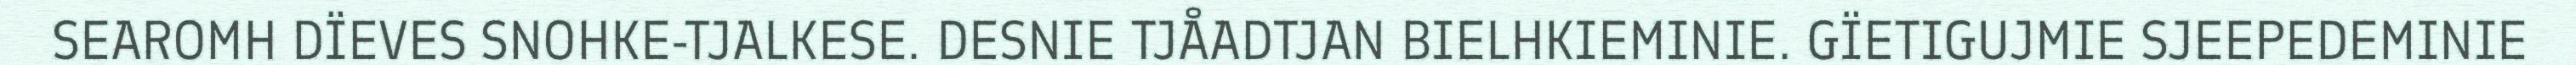
SEAROMH DÏEVES SNOHKE-TJALKESE. DESNIE TJÅADTJAN BIELHKIEMINIE. GÏETIGUJMIE SJEEPEDEMINIE